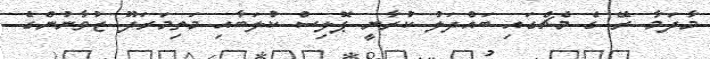
މާދަމާ ރޭ ގެ މެޗްގައި ބައްދަލު ކުރާނީ ޕޮލިސް ކުލަބާއި މަތިމަރަދޫ ޒުވާނުންގެ